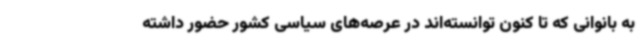
به بانوانی که تا کنون توانسته‌اند در عرصه‌های سیاسی کشور حضور داشته